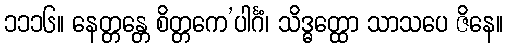
၁၁၁၆။ နေတ္တန္တေ စိတ္တကေ’ပါင်္ဂံ၊ သိဒ္ဓတ္ထော သာသပေ ဇိနေ။